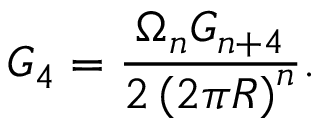
G _ { 4 } = \frac { \Omega _ { n } G _ { n + 4 } } { 2 \left( 2 \pi R \right) ^ { n } } .